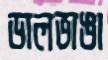
ডালভাঙা